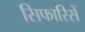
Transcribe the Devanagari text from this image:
सिफारिसें